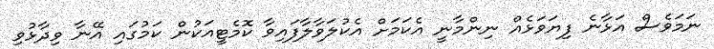
ނަމަވެސް އަޅާނެ ފިޔަވަޅެއް ނިންމާނީ އެކަމަށް އެކުލަވާލާފައިވާ ކޮމެޓީއަކުން ކަމުގައި އޭނާ ވިދާޅުވި